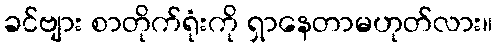
ခင်ဗျား စာတိုက်ရုံးကို ရှာနေတာမဟုတ်လား။